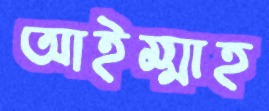
আইম্মাহ